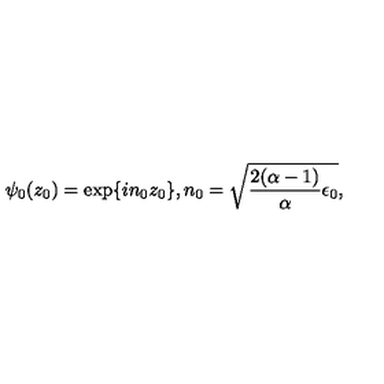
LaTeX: \psi _ { 0 } ( z _ { 0 } ) = \exp \{ i n _ { 0 } z _ { 0 } \} , n _ { 0 } = \sqrt { { \frac { 2 ( \alpha - 1 ) } { \alpha } } \epsilon _ { 0 } } ,